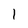
Character: l